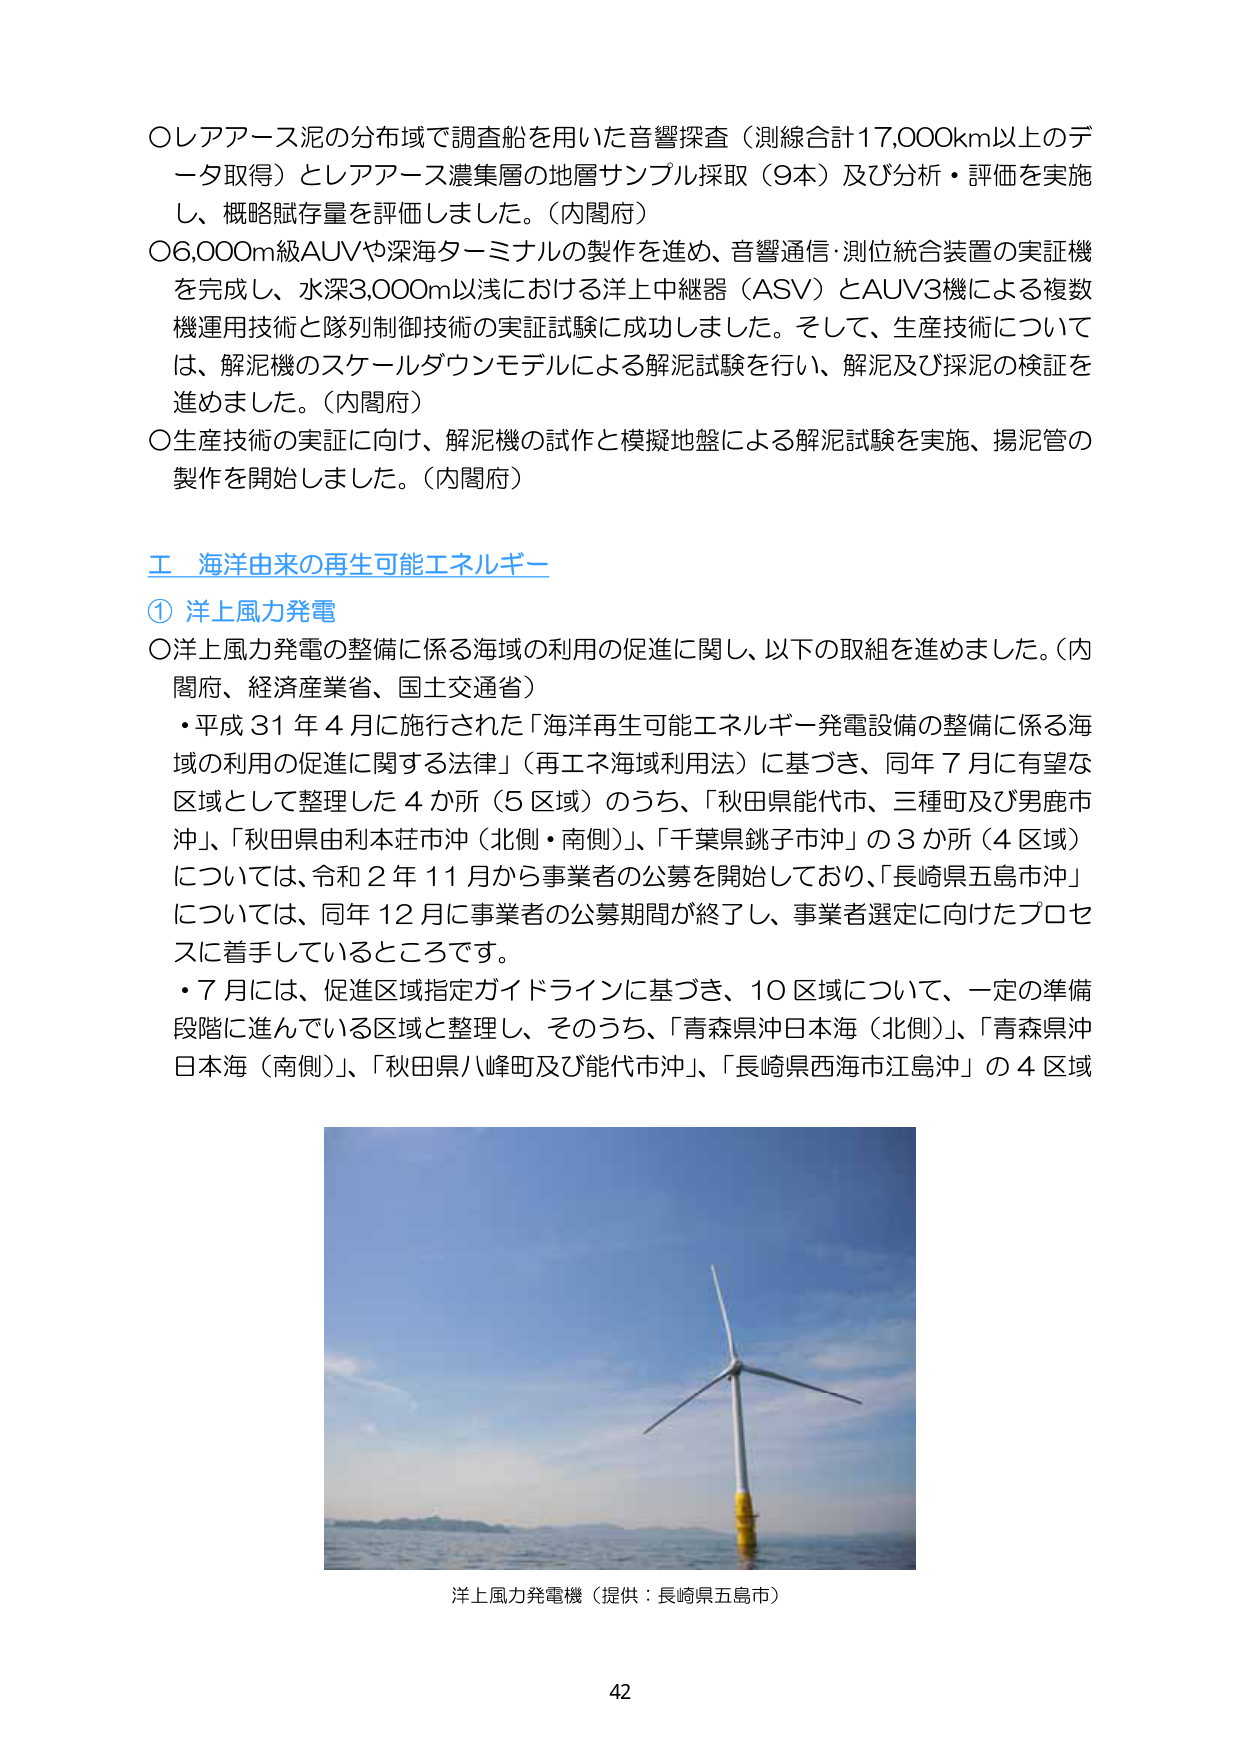
〇レアアース泥の分布域で調査船を用いた音響探査（測線合計17,000km以上のデータ取得）とレアアース濃集層の地層サンプル採取（9本）及び分析・評価を実施し、概略賦存量を評価しました。（内閣府）
〇6,000m級AUVや深海ターミナルの製作を進め、音響通信・測位統合装置の実証機を完成し、水深3,000m以浅における洋上中継器（ASV）とAUV3機による複数機運用技術と隊列制御技術の実証試験に成功しました。そして、生産技術については、解泥機のスケールダウンモデルによる解泥試験を行い、解泥及び採泥の検証を進めました。（内閣府）
〇生産技術の実証に向け、解泥機の試作と模擬地盤による解泥試験を実施、揚泥管の製作を開始しました。（内閣府）

**工 海洋由来の再生可能エネルギー**
**① 洋上風力発電**
〇洋上風力発電の整備に係る海域の利用の促進に関し、以下の取組を進めました。（内閣府、経済産業省、国土交通省）
・平成31年4月に施行された「海洋再生可能エネルギー発電設備の整備に係る海域の利用の促進に関する法律」（再エネ海域利用法）に基づき、同年7月に有望な区域として整理した4か所（5区域）のうち、「秋田県能代市、三種町及び男鹿市沖」、「秋田県由利本荘市沖（北側・南側）」、「千葉県銚子市沖」の3か所（4区域）については、令和2年11月から事業者の公募を開始しており、「長崎県五島市沖」については、同年12月に事業者の公募期間が終了し、事業者選定に向けたプロセスに着手しているところです。
・7月には、促進区域指定ガイドラインに基づき、10区域について、一定の準備段階に進んでいる区域と整理し、そのうち、「青森県沖日本海（北側）」、「青森県沖日本海（南側）」、「秋田県八峰町及び能代市沖」、「長崎県西海市江島沖」の4区域

洋上風力発電機（提供：長崎県五島市）
42